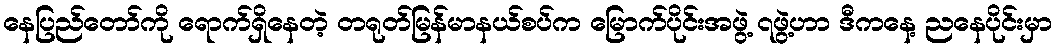
နေပြည်တော်ကို ရောက်ရှိနေတဲ့ တရုတ်မြန်မာနယ်စပ်က မြောက်ပိုင်းအဖွဲ့ ၇ဖွဲ့ဟာ ဒီကနေ့ ညနေပိုင်းမှာ